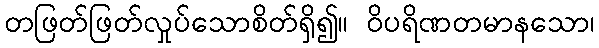
တဖြတ်ဖြတ်လှုပ်သောစိတ်ရှိ၍။ ဝိပရိဏတမာနသော၊